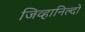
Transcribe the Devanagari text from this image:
जिव्हानिल्दो